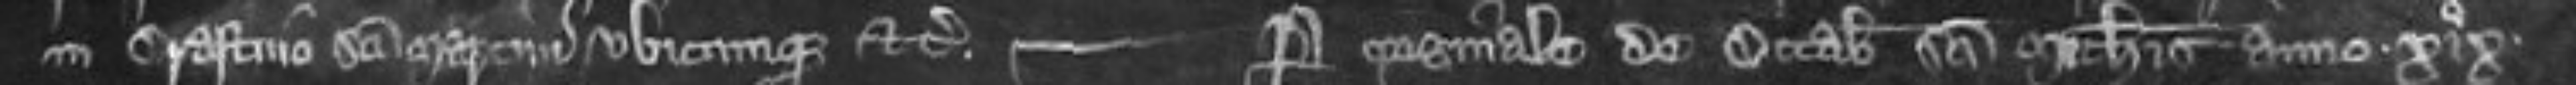
in Crastino Sancti Marem ubicumque etc per originale de Octabis Sancti Michaelis anno xix